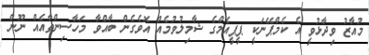
މުއާޒު ވިދާޅުވީ އެ ކެމްޕޭނަކީ ޕީޕީއެމްގެ ޝާމިލުވުމެއް އޮވެގެން ބާއްވާ މަހާސިންތާއެއް ނޫން